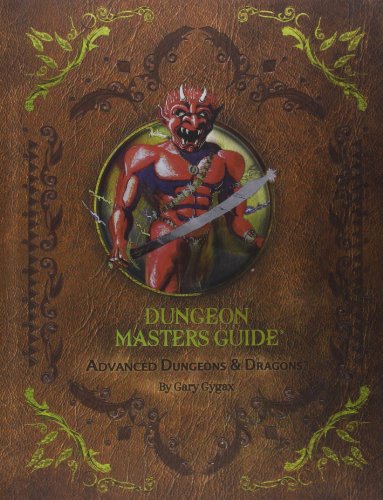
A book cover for Advanced Dungeons & Dragons: Dungeon Masters Guide; Gary Gygax; Science Fiction & Fantasy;